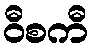
ဝီစကီ